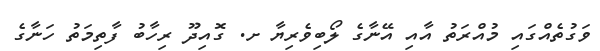
ވަގުތެއްގައި މުއްރަތު އާއި އޭނާގެ ލޯބިވެރިޔާ ށ. ގޮއިދޫ ރިހާބު ފާތިމަތު ހަނާގެ